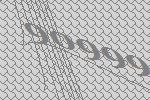
90999